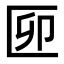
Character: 𠥰